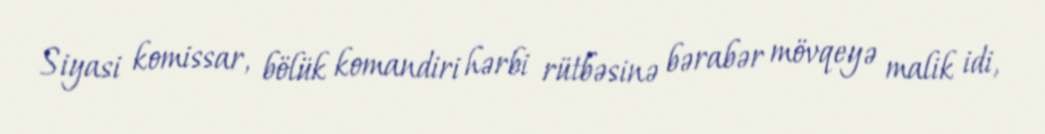
Siyasi komissar, bölük komandiri hərbi rütbəsinə bərabər mövqeyə malik idi,